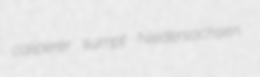
caliperer sumpt Niedersachsen